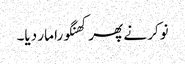
نوکر نے پھر کھنگورا مار دیا۔